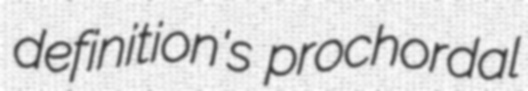
definition's prochordal